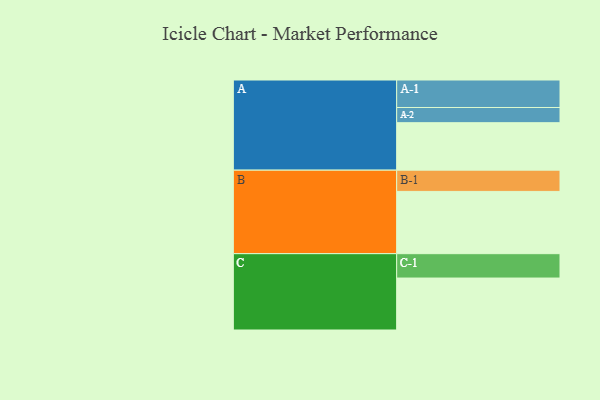
{"axis": {"x": "Segment", "y": "Value"}, "legend": ["", "A", "B", "C"], "data": [{"x": "A", "y": 456, "type": ""}, {"x": "B", "y": 598, "type": ""}, {"x": "C", "y": 499, "type": ""}, {"x": "A-1", "y": 264, "type": "A"}, {"x": "A-2", "y": 146, "type": "A"}, {"x": "B-1", "y": 204, "type": "B"}, {"x": "C-1", "y": 234, "type": "C"}]}